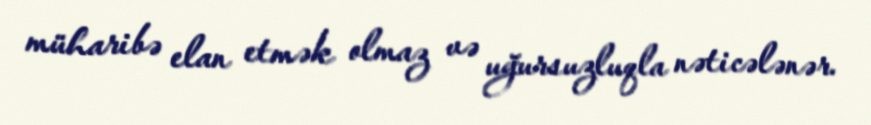
müharibə elan etmək olmaz və uğursuzluqla nəticələnər.